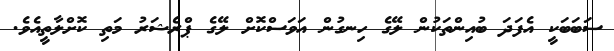
ސަބަބަކީ އެފަދަ ބުއިންތަކުން ލޭގެ ހިނގުން އަވަސްކޮށް ލޭގެ ޕްރެޝަރު މަތި ކޮށްލާތީއެވެ.